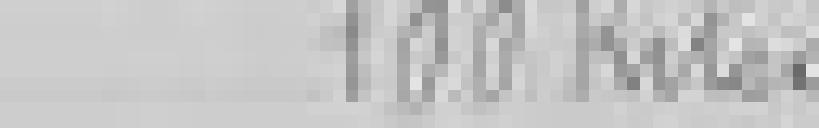
sortie : 100 kilos